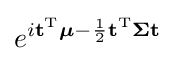
e^{i{\mathbf {t} ^{\mathrm {T} }{\boldsymbol {\mu }}}-{\frac {1}{2}}\mathbf {t} ^{\mathrm {T} }{\boldsymbol {\Sigma }}\mathbf {t} }